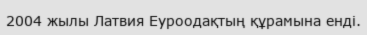
2004 жылы Латвия Еуроодақтың құрамына енді.